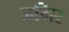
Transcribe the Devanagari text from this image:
जमिर